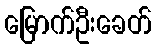
မြောက်ဦးခေတ်